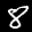
Label: 8